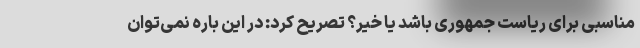
مناسبی برای ریاست جمهوری باشد یا خیر؟ تصریح کرد: در این باره نمی‌توان